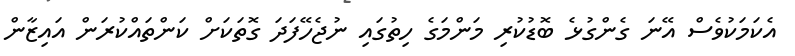
އެކަމަކުވެސް އޭނަ ގެންގުޅެ ބޮޑުކުރި މަންމަގެ ހިތުގައި ނުޖެހޭފަދަ ގޮތަކަށް ކަންތައްކުރަން އައިޒާން